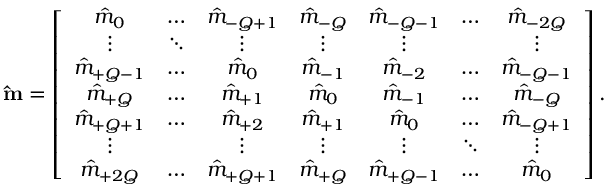
\mathbf { \hat { m } } = \left[ \begin{array} { c c c c c c c } { \hat { m } _ { 0 } } & { \hdots } & { \hat { m } _ { - Q + 1 } } & { \hat { m } _ { - Q } } & { \hat { m } _ { - Q - 1 } } & { \hdots } & { \hat { m } _ { - 2 Q } } \\ { \vdots } & { \ddots } & { \vdots } & { \vdots } & { \vdots } & & { \vdots } \\ { \hat { m } _ { + Q - 1 } } & { \hdots } & { \hat { m } _ { 0 } } & { \hat { m } _ { - 1 } } & { \hat { m } _ { - 2 } } & { \hdots } & { \hat { m } _ { - Q - 1 } } \\ { \hat { m } _ { + Q } } & { \hdots } & { \hat { m } _ { + 1 } } & { \hat { m } _ { 0 } } & { \hat { m } _ { - 1 } } & { \hdots } & { \hat { m } _ { - Q } } \\ { \hat { m } _ { + Q + 1 } } & { \hdots } & { \hat { m } _ { + 2 } } & { \hat { m } _ { + 1 } } & { \hat { m } _ { 0 } } & { \hdots } & { \hat { m } _ { - Q + 1 } } \\ { \vdots } & & { \vdots } & { \vdots } & { \vdots } & { \ddots } & { \vdots } \\ { \hat { m } _ { + 2 Q } } & { \hdots } & { \hat { m } _ { + Q + 1 } } & { \hat { m } _ { + Q } } & { \hat { m } _ { + Q - 1 } } & { \hdots } & { \hat { m } _ { 0 } } \end{array} \right] .